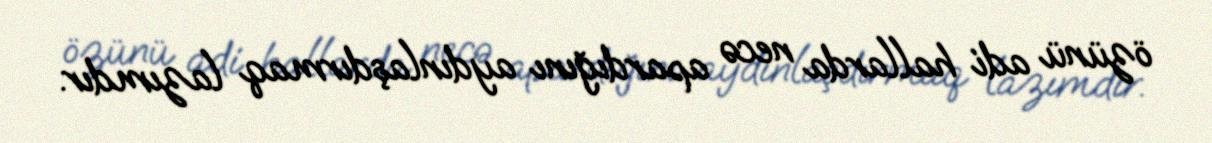
özünü adi hallarda necə apardığını aydınlaşdırmaq lazımdır.